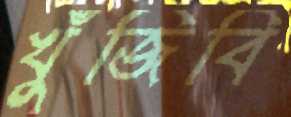
খুঁজিবি